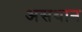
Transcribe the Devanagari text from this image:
असथान